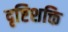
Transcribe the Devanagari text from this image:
दृष्टिशक्ति